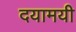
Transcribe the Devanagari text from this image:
दयामयी